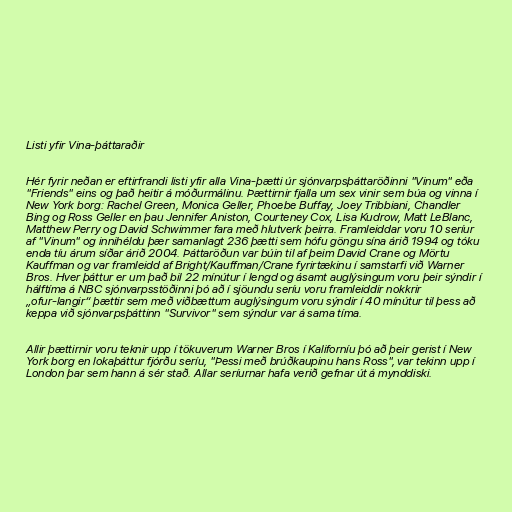
Listi yfir Vina-þáttaraðir

Hér fyrir neðan er eftirfrandi listi yfir alla Vina-þætti úr sjónvarpsþáttaröðinni "Vinum" eða
"Friends" eins og það heitir á móðurmálinu. Þættirnir fjalla um sex vinir sem búa og vinna í
New York borg: Rachel Green, Monica Geller, Phoebe Buffay, Joey Tribbiani, Chandler
Bing og Ross Geller en þau Jennifer Aniston, Courteney Cox, Lisa Kudrow, Matt LeBlanc,
Matthew Perry og David Schwimmer fara með hlutverk þeirra. Framleiddar voru 10 seríur
af "Vinum" og innihéldu þær samanlagt 236 þætti sem hófu göngu sína árið 1994 og tóku
enda tíu árum síðar árið 2004. Þáttaröðun var búin til af þeim David Crane og Mörtu
Kauffman og var framleidd af Bright/Kauffman/Crane fyrirtækinu í samstarfi við Warner
Bros. Hver þáttur er um það bil 22 mínútur í lengd og ásamt auglýsingum voru þeir sýndir í
hálftíma á NBC sjónvarpsstöðinni þó að í sjöundu seríu voru framleiddir nokkrir
„ofur-langir“ þættir sem með viðbættum auglýsingum voru sýndir í 40 mínútur til þess að
keppa við sjónvarpsþáttinn "Survivor" sem sýndur var á sama tíma.

Allir þættirnir voru teknir upp í tökuverum Warner Bros í Kaliforníu þó að þeir gerist í New
York borg en lokaþáttur fjórðu seríu, "Þessi með brúðkaupinu hans Ross", var tekinn upp í
London þar sem hann á sér stað. Allar seríurnar hafa verið gefnar út á mynddiski.